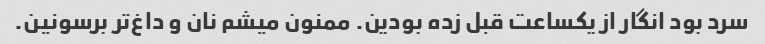
سرد بود انگار از یکساعت قبل زده بودین. ممنون میشم نان و داغ‌تر برسونین.